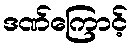
ဒဏ်ကြောင့်